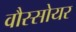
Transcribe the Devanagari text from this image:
वौस्सोयर